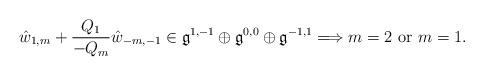
LaTeX: \begin{align*}\hat{w}_{1,m}+\frac{Q_{1}}{-Q_{m}}\hat{w}_{-m,-1}\in\mathfrak{g}^{1,-1}\oplus\mathfrak{g}^{0,0}\oplus\mathfrak{g}^{-1,1}\Longrightarrow m=2\mbox{ or }m=1.\end{align*}